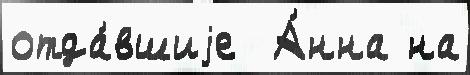
отда́вшиjе  А́нна на